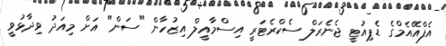
އެފްއޭއެމްގެ ޑެޕިއުޓީ ޖެނެރަލް ސެކްރެޓަރީ އިސްމާއީލް އިޒުހާން "ސަން" އަށް މިއަދު ވިދާޅުވީ